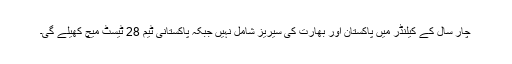
چار سال کے کیلنڈر میں پاکستان اور بھارت کی سیریز شامل نہیں جبکہ پاکستانی ٹیم 28 ٹیسٹ میچ کھیلے گی۔